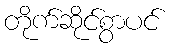
တိုက်ဆိုင်စွာပင်